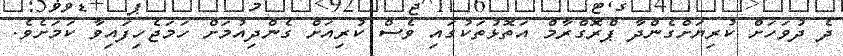
ދެ ދުވަހަށް ކުރިޔަށްގެންދާ ޕްރޮގްރާމް އަތޮޅުތަކުގައި ވެސް ކުރިއަށް ގެންދިއުމަށް ހަމަޖެހިފައިވާ ކަމަށެވެ.